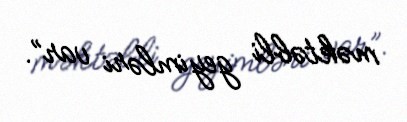
məktəbli geyimləri var”.